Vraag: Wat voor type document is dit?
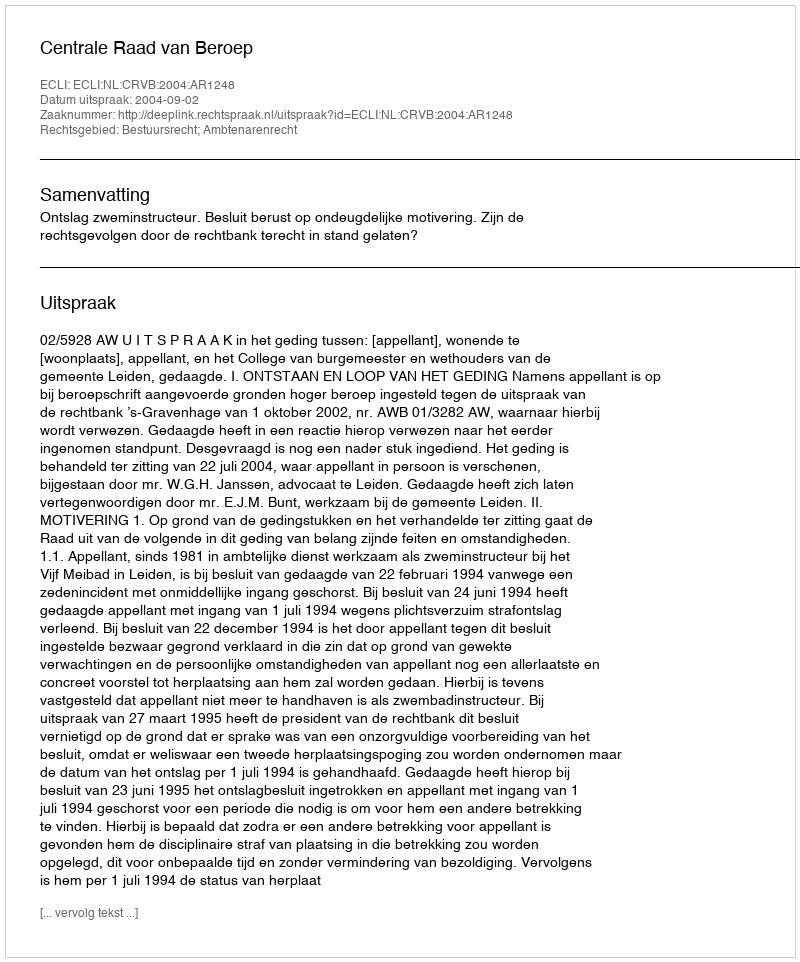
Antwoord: Uitspraak